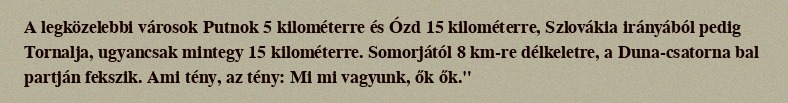
A legközelebbi városok Putnok 5 kilométerre és Ózd 15 kilométerre, Szlovákia irányából pedig Tornalja, ugyancsak mintegy 15 kilométerre. Somorjától 8 km-re délkeletre, a Duna-csatorna bal partján fekszik. Ami tény, az tény: Mi mi vagyunk, ők ők."